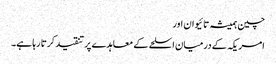
چین ہمیشہ تائیوان اور
امریکہ کے درمیان اسلحے کے معاہدے پر تنقید کرتا رہا ہے۔